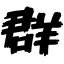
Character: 群